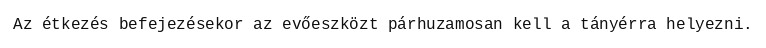
Az étkezés befejezésekor az evőeszközt párhuzamosan kell a tányérra helyezni.